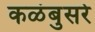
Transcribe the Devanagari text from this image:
कळंबुसरे